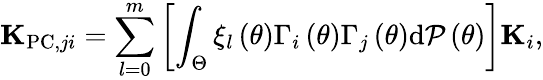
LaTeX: {\mathbf K}_{\mathrm{PC},ji}=\sum_{l=0}^{m}\left[\int_{\Theta}\xi_{l}\left(\theta\right)\Gamma_{i}\left(\theta\right)\Gamma_{j}\left(\theta\right)\mathrm{d}{\cal P}\left(\theta\right)\right]{\mathbf K}_{i},